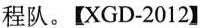
程队。【XGD-2012】